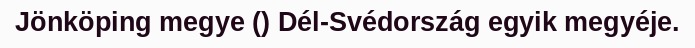
Jönköping megye () Dél-Svédország egyik megyéje.